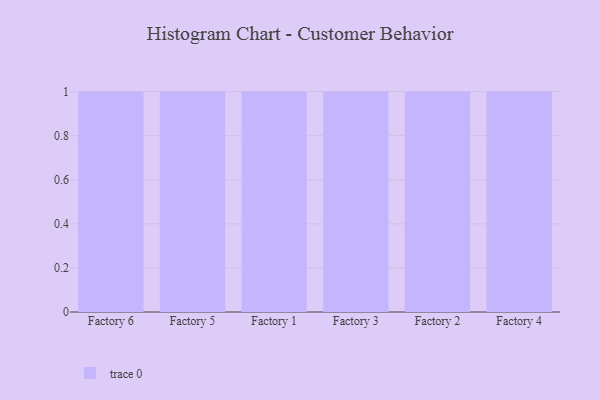
{"axis": {"x": "Factory", "y": "Budget (USD K)"}, "legend": [""], "data": [{"x": "Factory 6", "y": 78, "type": ""}, {"x": "Factory 5", "y": 58, "type": ""}, {"x": "Factory 1", "y": 32, "type": ""}, {"x": "Factory 3", "y": 79, "type": ""}, {"x": "Factory 2", "y": 88, "type": ""}, {"x": "Factory 4", "y": 35, "type": ""}]}